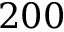
2 0 0